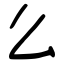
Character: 么